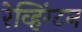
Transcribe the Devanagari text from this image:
रेव्हिंग्टन